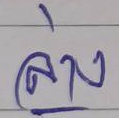
ล่าง